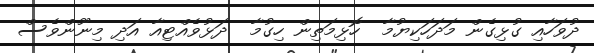
ދުވަހާއި ގުޅިގެން މަދަހަކިޔުމާ  ހޮޅިމަތިން ހިގުމާ  ދަޅުވެއްޓިއާ އަދި މިނޫންވެސް